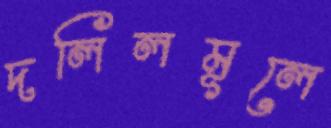
দলিলমূলে